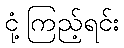
ငုံ့ကြည့်ရင်း